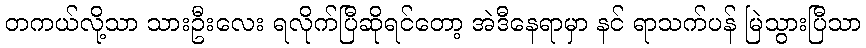
တကယ်လို့သာ သားဦးလေး ရလိုက်ပြီဆိုရင်တော့ အဲဒီနေရာမှာ နင် ရာသက်ပန် မြဲသွားပြီသာ